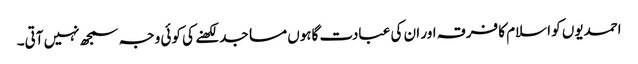
احمدیوں کو اسلام کا فرقہ اور ان کی عبادت گاہوں مساجد لکھنے کی کوئی وجہ سمجھ نہیں آتی۔